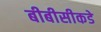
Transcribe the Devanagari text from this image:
बीबीसीकडे